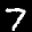
Label: 7